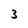
Character: 3